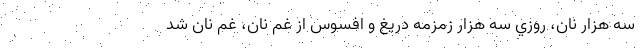
سه هزار نان، روزي سه هزار زمزمه دريغ و افسوس از غم نان، غم نان شد